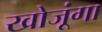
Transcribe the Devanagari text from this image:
खोजूंगा